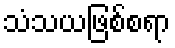
သံသယဖြစ်စရာ